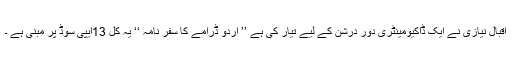
اقبال نیازی نے ایک ڈاکیومینٹری دور درشن کے لیے تیار کی ہے ’’ اردو ڈرامے کا سفر نامہ ‘‘ یہ کل 13ایپی سوڈ پر مبنی ہے ۔